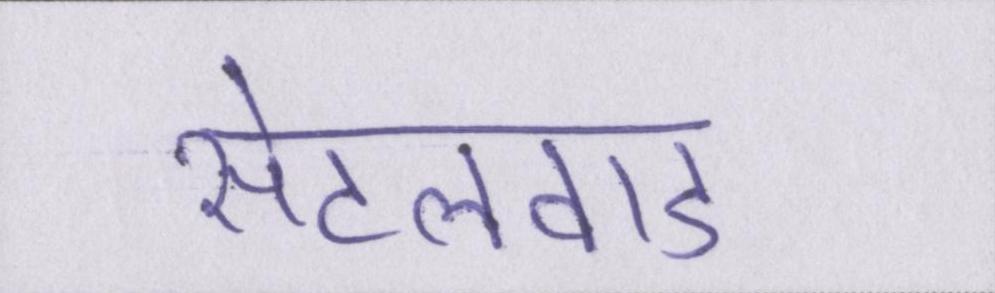
सेटलवाड